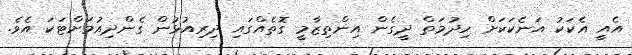
އެއީ އެކަކު އަނެކަކަށް ހިދުމަތް ދީގެން އިންތިޒާމީ ގޮތެއްގައި ދިރިއުޅުން ގެންދިއުމަށްޓަކަ އެވެ.